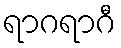
ရာဂရာဂီ